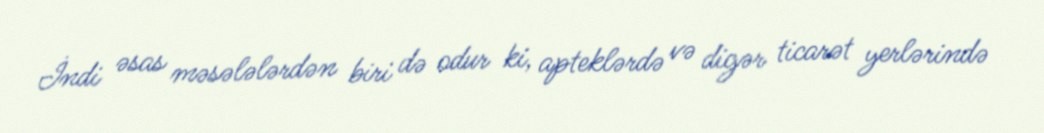
İndi əsas məsələlərdən biri də odur ki, apteklərdə və digər ticarət yerlərində